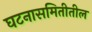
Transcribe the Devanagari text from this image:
घटनासमितीतील